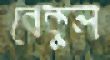
বেকুল